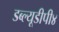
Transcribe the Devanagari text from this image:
डब्ल्यूडीपी४